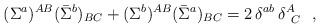
LaTeX: \begin{align*}(\Sigma^a)^{AB}(\bar\Sigma^b)_{BC} + (\Sigma^b)^{AB}(\bar\Sigma^a)_{BC} = 2\,\delta^{ab}\,\delta^A_{\,\,\,C}~~,\end{align*}